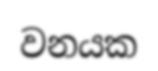
වනයක